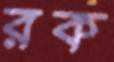
রক